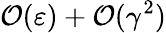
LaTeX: \mathcal{O}(\varepsilon)+\mathcal{O}(\gamma^{2})